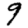
Digit: 9